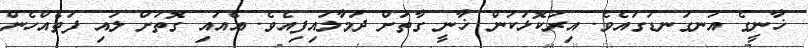
ޚާނީގެ އުނގަނޑުގައެވެ. އިރުކޮޅަކުން ޚާނީ ގާތަށް ދަމާލައިފިއެވެ. އެއައި ގޮތަށް ލުއި ފަތެއްހެން